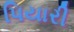
પિયારી